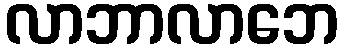
လာဘာလာဘေ